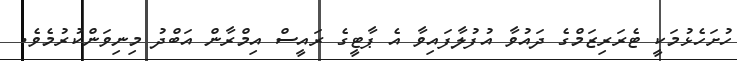
ހުށަހެޅުމަކީ ޓެރަރިޒަމްގެ ދައުވާ އުފުލާފައިވާ އެ ޕާޓީގެ ރައީސް އިމްރާން އަބްދު މިނިވަންކުރުމެވެ.